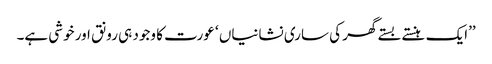
’’ایک ہنستے بستے گھر کی ساری نشانیاں ‘ عورت کا وجود ہی رونق اور خوشی ہے۔